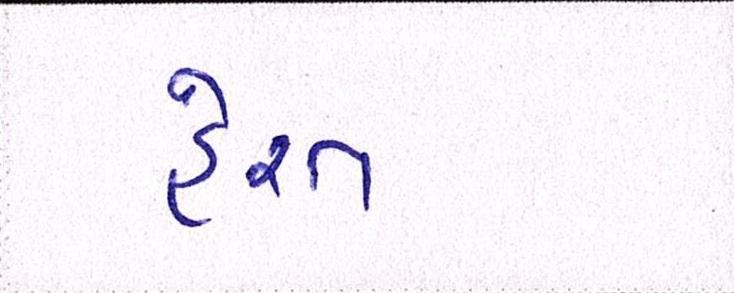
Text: હેરત